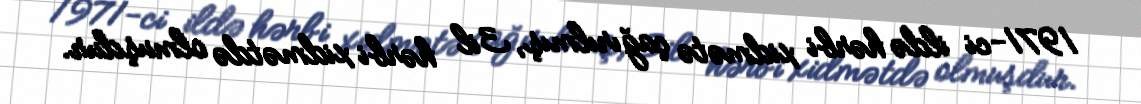
1971-ci ildə hərbi xidmətə çağırılmış, 3il hərbi xidmətdə olmuşdur.